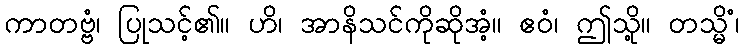
ကာတဗ္ဗံ၊ ပြုသင့်၏။ ဟိ၊ အာနိသင်ကိုဆိုအံ့။ ဧဝံ၊ ဤသို့။ တသ္မိံ၊